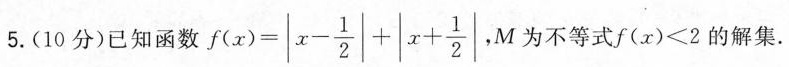
5.(10分)已知函数f $$f(x)=|x- \frac{1}{2}|+|x+ \frac{1}{2}|,$$ M为不等式f(x)≤2的解集。